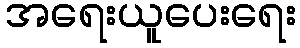
အရေးယူပေးရေး